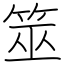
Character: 筮